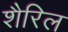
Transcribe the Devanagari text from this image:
शैरिल